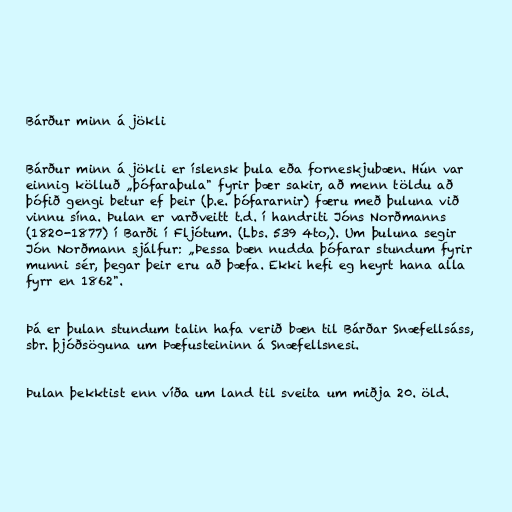
Bárður minn á jökli

Bárður minn á jökli er íslensk þula eða forneskjubæn. Hún var
einnig kölluð „þófaraþula" fyrir þær sakir, að menn töldu að
þófið gengi betur ef þeir (þ.e. þófararnir) færu með þuluna við
vinnu sína. Þulan er varðveitt t.d. í handriti Jóns Norðmanns
(1820-1877) í Barði í Fljótum. (Lbs. 539 4to,). Um þuluna segir
Jón Norðmann sjálfur: „Þessa bæn nudda þófarar stundum fyrir
munni sér, þegar þeir eru að þæfa. Ekki hefi eg heyrt hana alla
fyrr en 1862".

Þá er þulan stundum talin hafa verið bæn til Bárðar Snæfellsáss,
sbr. þjóðsöguna um Þæfusteininn á Snæfellsnesi.

Þulan þekktist enn víða um land til sveita um miðja 20. öld.